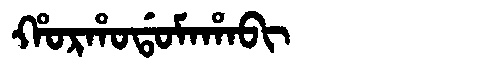
Manchu: ᡥᠣᡵᡥᠣᡩᠣᠮᠠᡥᠠᠪᡳ
Romanization: HORHODOMAHABI